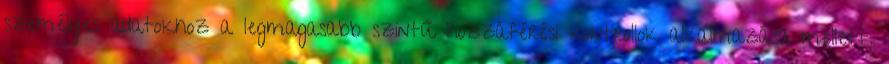
személyes adatokhoz a legmagasabb szintű hozzáférési kontrollok alkalmazása mellett.